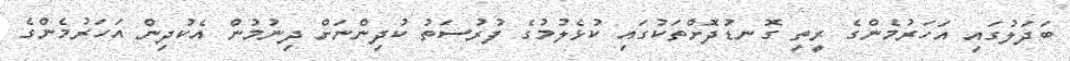
ބަދަލުގައި އަހަރުމެންގެ ރީތި ގޮނޑުދޮށްތަކުގައި ކުޅެލުމުގެ ފުރުސަތު ކުދިންނަށް ދިނުމުން އެކުދިން އަހަރުމެންގެ